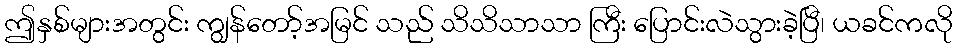
ဤနှစ်များအတွင်း ကျွန်တော့်အမြင် သည် သိသိသာသာ ကြီး ပြောင်းလဲသွားခဲ့ပြီ၊ ယခင်ကလို